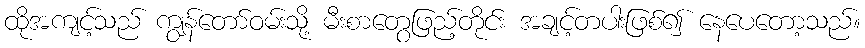
ထိုအကျင့်သည် ကျွန်တော်ဝမ်းသို့ မီးစာတွေဖြည့်တိုင်း အချင့်တပါးဖြစ်၍ နေပေတော့သည်။